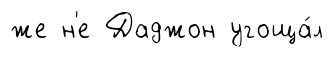
же н'е Даджон угоща́л